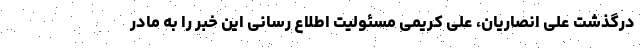
درگذشت علی انصاریان، علی کریمی مسئولیت اطلاع رسانی این خبر را به مادر